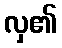
လှ၏